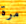
مرة